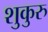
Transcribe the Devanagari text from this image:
शुकुरु